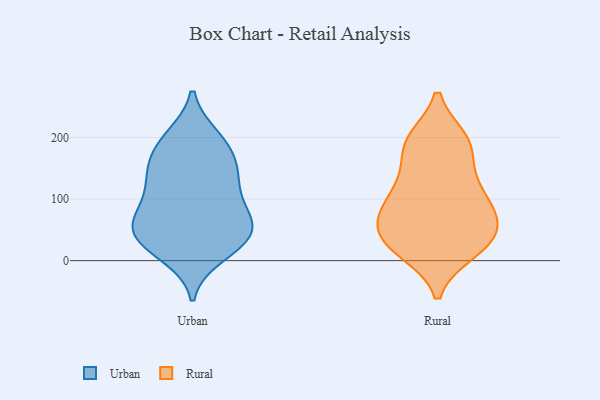
{"axis": {"x": "Market Share (%)", "y": "Value"}, "legend": ["Rural", "Urban"], "data": [{"x": "", "y": 35, "type": "Urban"}, {"x": "", "y": 59, "type": "Urban"}, {"x": "", "y": 137, "type": "Urban"}, {"x": "", "y": 39, "type": "Urban"}, {"x": "", "y": 184, "type": "Urban"}, {"x": "", "y": 166, "type": "Urban"}, {"x": "", "y": 117, "type": "Urban"}, {"x": "", "y": 34, "type": "Urban"}, {"x": "", "y": 71, "type": "Urban"}, {"x": "", "y": 60, "type": "Urban"}, {"x": "", "y": 10, "type": "Urban"}, {"x": "", "y": 138, "type": "Urban"}, {"x": "", "y": 23, "type": "Urban"}, {"x": "", "y": 140, "type": "Urban"}, {"x": "", "y": 69, "type": "Urban"}, {"x": "", "y": 197, "type": "Urban"}, {"x": "", "y": 90, "type": "Urban"}, {"x": "", "y": 200, "type": "Urban"}, {"x": "", "y": 113, "type": "Rural"}, {"x": "", "y": 23, "type": "Rural"}, {"x": "", "y": 26, "type": "Rural"}, {"x": "", "y": 145, "type": "Rural"}, {"x": "", "y": 129, "type": "Rural"}, {"x": "", "y": 57, "type": "Rural"}, {"x": "", "y": 53, "type": "Rural"}, {"x": "", "y": 83, "type": "Rural"}, {"x": "", "y": 196, "type": "Rural"}, {"x": "", "y": 71, "type": "Rural"}, {"x": "", "y": 188, "type": "Rural"}, {"x": "", "y": 15, "type": "Rural"}, {"x": "", "y": 40, "type": "Rural"}, {"x": "", "y": 193, "type": "Rural"}, {"x": "", "y": 93, "type": "Rural"}, {"x": "", "y": 22, "type": "Rural"}, {"x": "", "y": 88, "type": "Rural"}, {"x": "", "y": 193, "type": "Rural"}]}